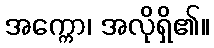
အက္ကော၊ အလိုရှိ၏။